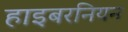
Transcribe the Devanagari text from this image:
हाइबरनियन